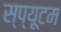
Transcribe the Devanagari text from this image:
स्प्यूटम